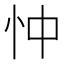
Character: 忡